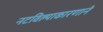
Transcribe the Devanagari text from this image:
नटविल्याकारणाने